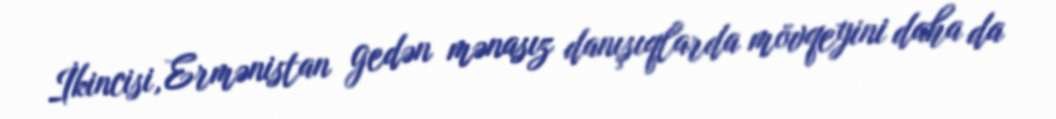
İkincisi, Ermənistan gedən mənasız danışıqlarda mövqeyini daha da